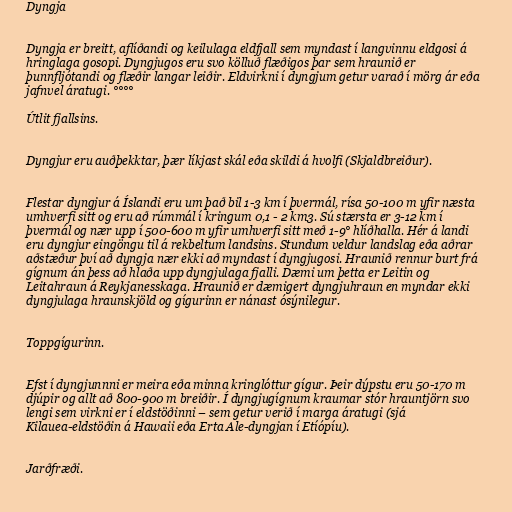
Dyngja

Dyngja er breitt, aflíðandi og keilulaga eldfjall sem myndast í langvinnu eldgosi á
hringlaga gosopi. Dyngjugos eru svo kölluð flæðigos þar sem hraunið er
þunnfljótandi og flæðir langar leiðir. Eldvirkni í dyngjum getur varað í mörg ár eða
jafnvel áratugi. °°°°

Útlit fjallsins.

Dyngjur eru auðþekktar, þær líkjast skál eða skildi á hvolfi (Skjaldbreiður).

Flestar dyngjur á Íslandi eru um það bil 1-3 km í þvermál, rísa 50-100 m yfir næsta
umhverfi sitt og eru að rúmmál í kringum 0,1 - 2 km3. Sú stærsta er 3-12 km í
þvermál og nær upp í 500-600 m yfir umhverfi sitt með 1-9° hlíðhalla. Hér á landi
eru dyngjur eingöngu til á rekbeltum landsins. Stundum veldur landslag eða aðrar
aðstæður því að dyngja nær ekki að myndast í dyngjugosi. Hraunið rennur burt frá
gígnum án þess að hlaða upp dyngjulaga fjalli. Dæmi um þetta er Leitin og
Leitahraun á Reykjanesskaga. Hraunið er dæmigert dyngjuhraun en myndar ekki
dyngjulaga hraunskjöld og gígurinn er nánast ósýnilegur.

Toppgígurinn.

Efst í dyngjunnni er meira eða minna kringlóttur gígur. Þeir dýpstu eru 50-170 m
djúpir og allt að 800-900 m breiðir. Í dyngjugígnum kraumar stór hrauntjörn svo
lengi sem virkni er í eldstöðinni – sem getur verið í marga áratugi (sjá
Kilauea-eldstöðin á Hawaii eða Erta Ale-dyngjan í Etíópíu).

Jarðfræði.